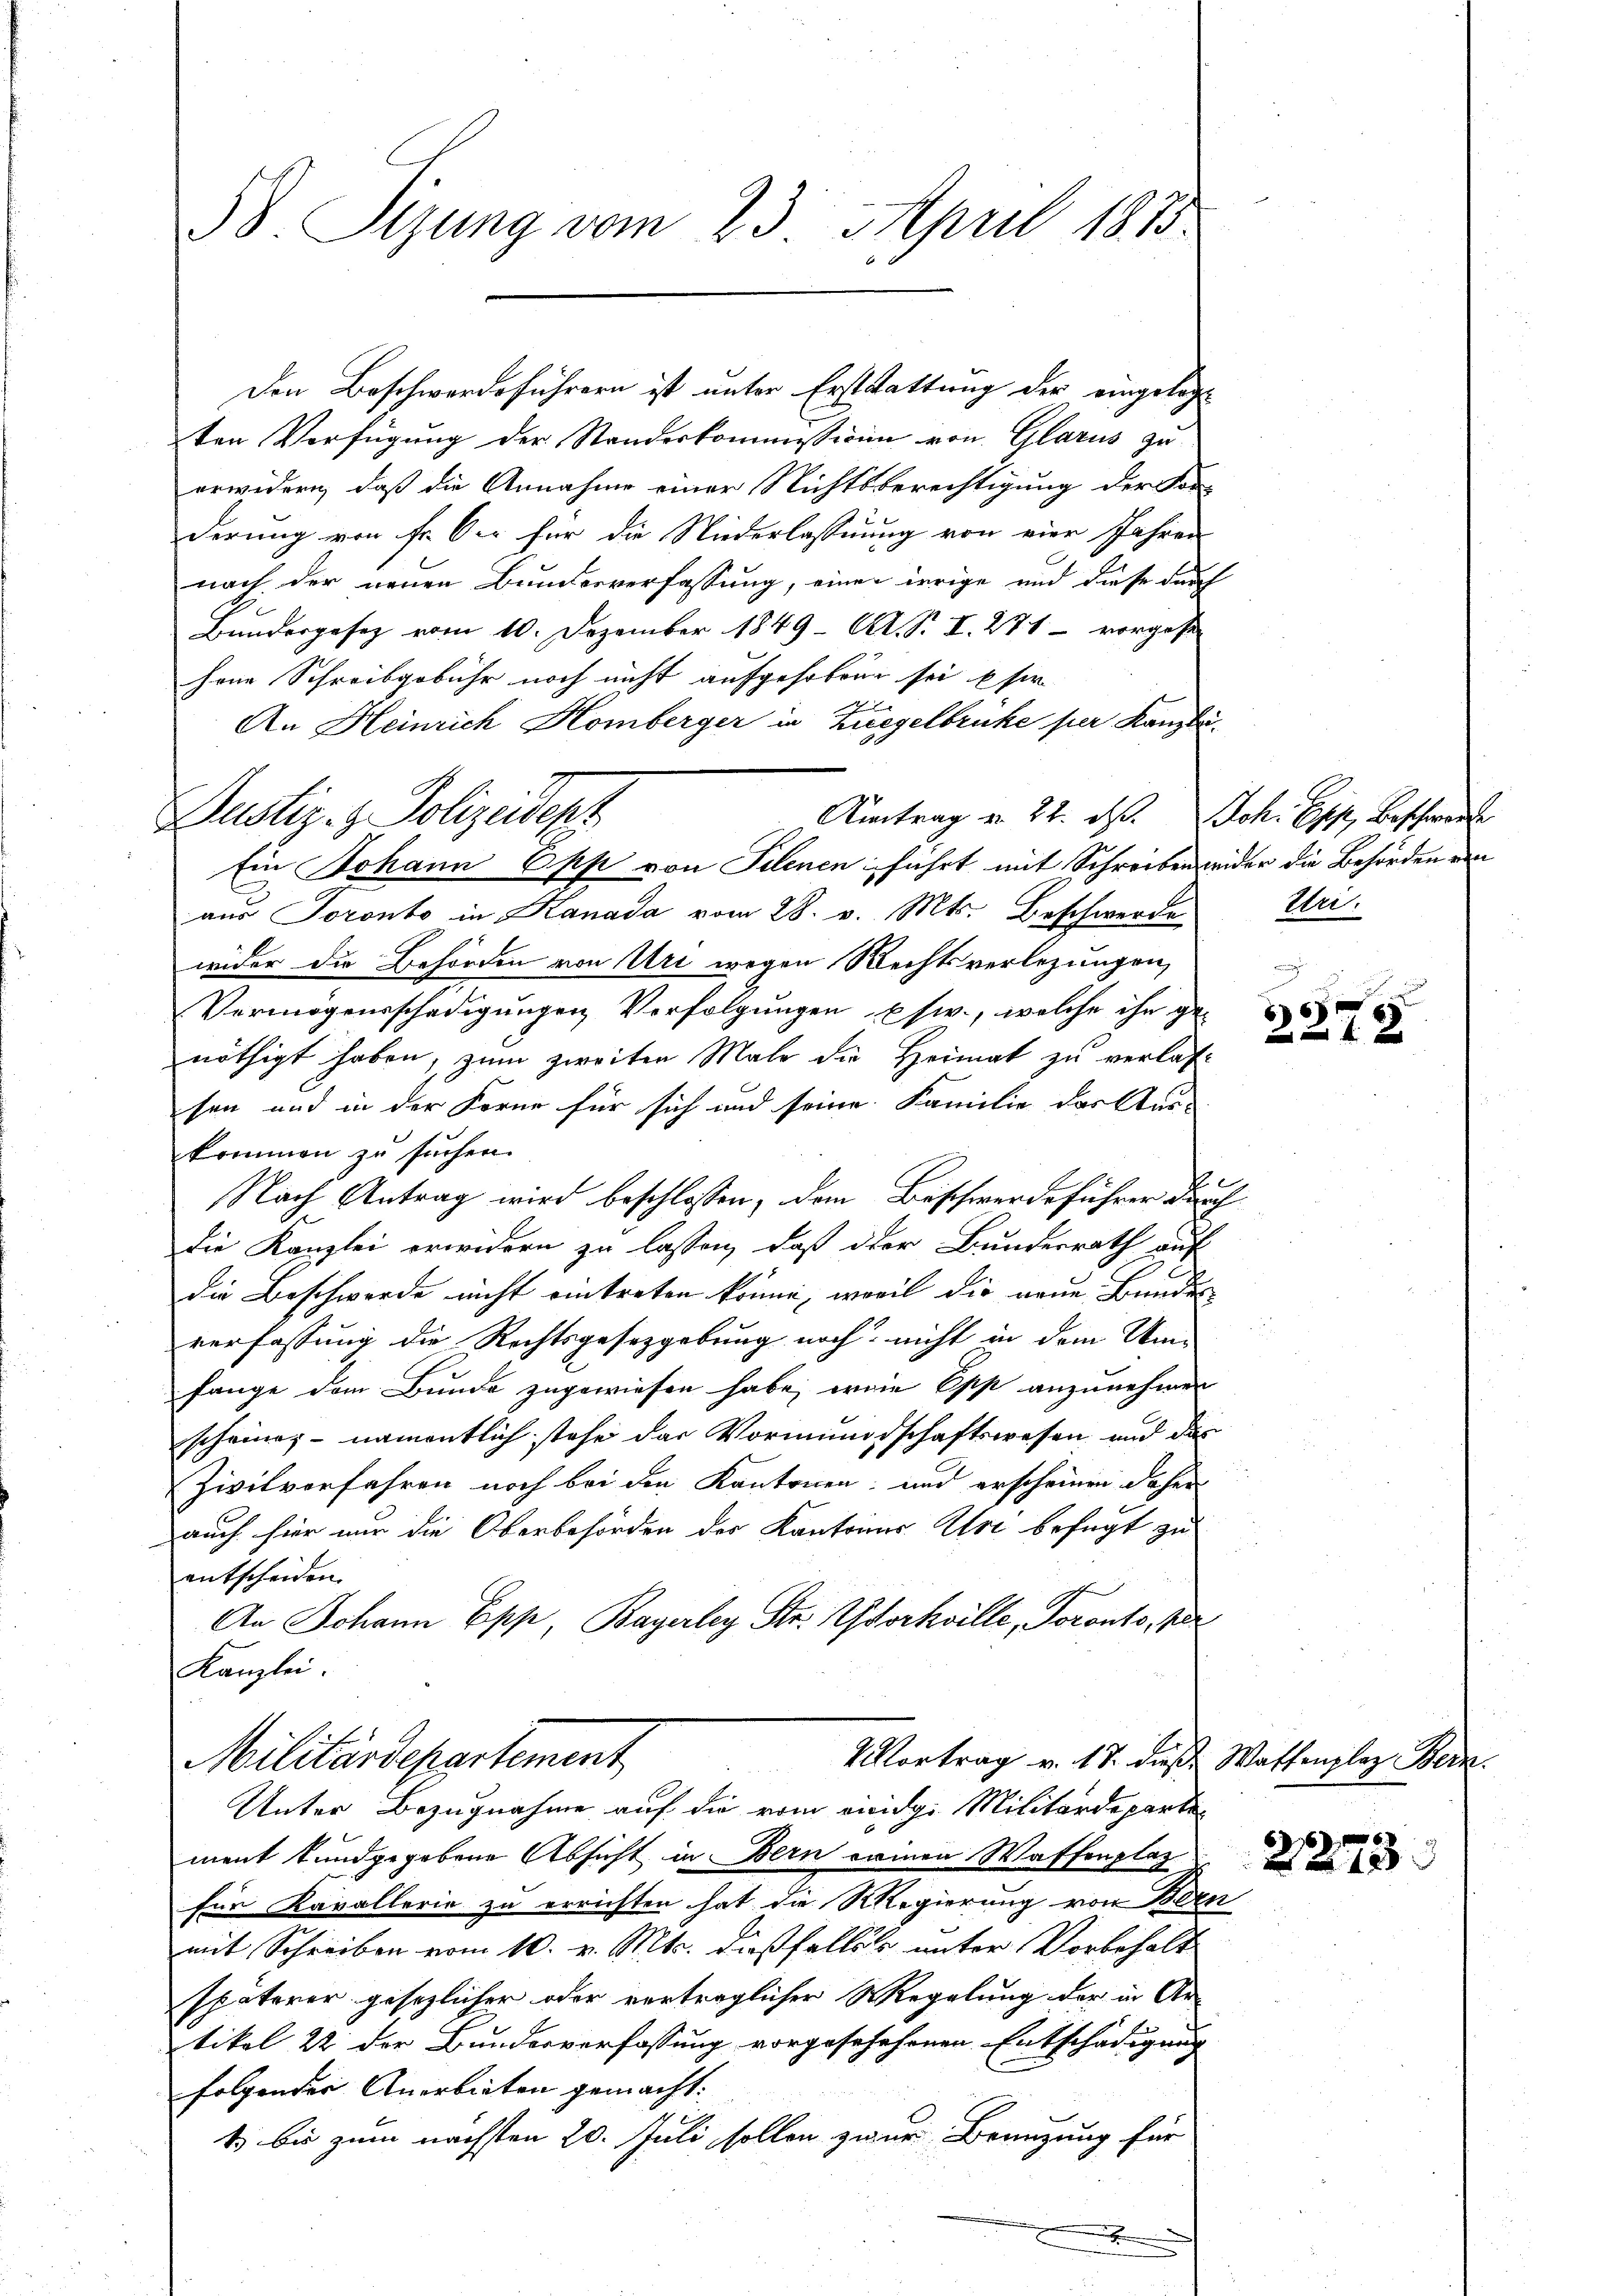
58. Sizung vom 23. April 1875.

ten Verfügung der Standeskommission von Glarus zu
erwidern, daß die Annahme einer Nichtsberechtigung der Kon-
derung von Fr. Oer für die Niederlassung von vier Jahren
nach der neuen Bundesverfassung, einer irrige und diese durch
Bundergesez vom 10. Dezember 1849 Al. S. I. 271 - vorgese
hene Schreibgebühr noch nicht aufgehoben sei eser
An Heinrich Homberger in Ziegelbruhe per Kanzle
Aitrag u. 22. d. Joh. Syp, Beschwerde
Ein Johann Epp von Telenen führt mit Schreiben weider die Behörden von
aus Soronto in Kanada vom 28. v. Mts. Beschwerde
wider die Behörden von Uri wegen Rechtsverlegungen,
Vermögensschädigungen Verfolgungen usw., welche ihr ge-
nöthigt haben, zum zweiten Male die Heimat zu verlassen und in der Forne für sich und seine Familie das bur-
kommen zu suchen.
.
Nach Antrag wird beschlossen, dem Beschwerdeführer dem
die Kanzlei erwidern zu lassen, daß der Bundesrath auf
die Beschwerde nicht eintreten könne, weil die neue Bundes
verfassung die Rechtsgesetzgebung noch nicht in dem Wai-
fange dem Bunde zugewiesen habe, wein Epp anzunehmen
scheine, - namentlich stehe das Vormundschaftswesen und das
Zivilvorfahren noch bei den Kantonen, und erscheinen daher
auch hier nur die Oberbehörden der Kantones Uri befügt zu
entscheiden.
An Johann Epp, Bayerley Str. Workville, Toronto, per
Kanzlei.
Vortrag v. 18. diese Waffenplaz Bern.
Militärdepartement
Unter Bezugnahme auf die vom einige Militärdepartement kundgegebene Absicht in Bern seinen Waffenplaz
für Kavallerie zu errichten hat die Regierung von Beer
mit Schreiben vom 10. v. Mts. dießfalles unter Vorbehalt
späterer gesezlicher oder verträglicher Regelung der in Ar-
tikel 22 der Bundesverfassung vorgeschehenen Entschädigung |
folgender Anerbieten gemacht:
1 bis zum nächsten 20. Juli sollen zwar Branzung für
m

Justiz- & Polizeidepz

Den Beschwerdeführern ist unter Erststattung der eingelegt

ztri.

2
2

S6
12

2273.